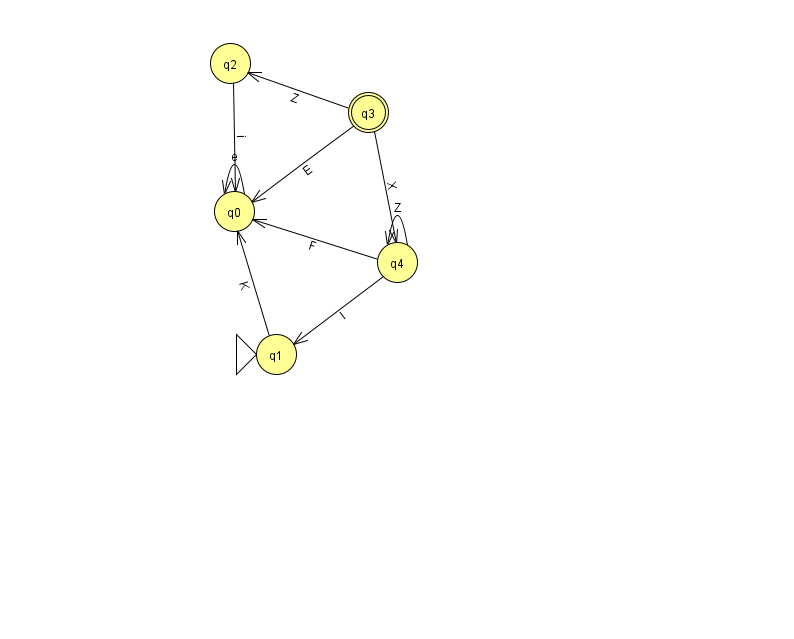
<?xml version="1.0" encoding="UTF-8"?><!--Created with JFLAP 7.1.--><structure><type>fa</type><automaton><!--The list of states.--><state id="0" name="q0"><x>234.0</x><y>198.0</y></state><state id="1" name="q1"><x>276.0</x><y>341.0</y><initial/></state><state id="2" name="q2"><x>230.0</x><y>50.0</y></state><state id="3" name="q3"><x>368.0</x><y>99.0</y><final/></state><state id="4" name="q4"><x>397.0</x><y>249.0</y></state><!--The list of transitions.--><transition><from>2</from><to>0</to><read>i</read></transition><transition><from>3</from><to>4</to><read>X</read></transition><transition><from>4</from><to>0</to><read>F</read></transition><transition><from>0</from><to>0</to><read>e</read></transition><transition><from>1</from><to>0</to><read>K</read></transition><transition><from>4</from><to>4</to><read>Z</read></transition><transition><from>3</from><to>0</to><read>E</read></transition><transition><from>4</from><to>1</to><read>I</read></transition><transition><from>3</from><to>2</to><read>Z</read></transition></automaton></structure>